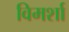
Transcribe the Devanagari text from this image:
विमर्शा